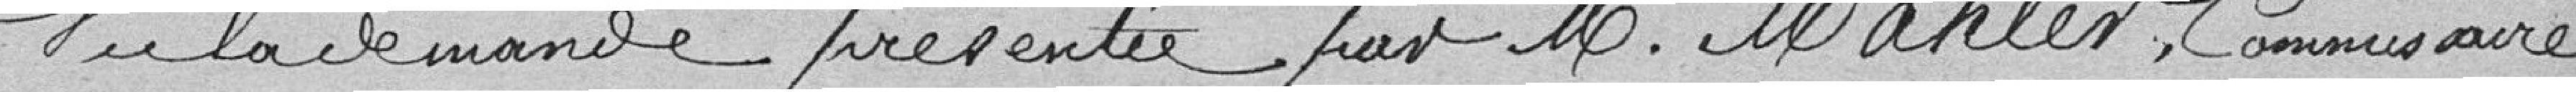
vu la demande présentée par M. Mahler, Commissaire